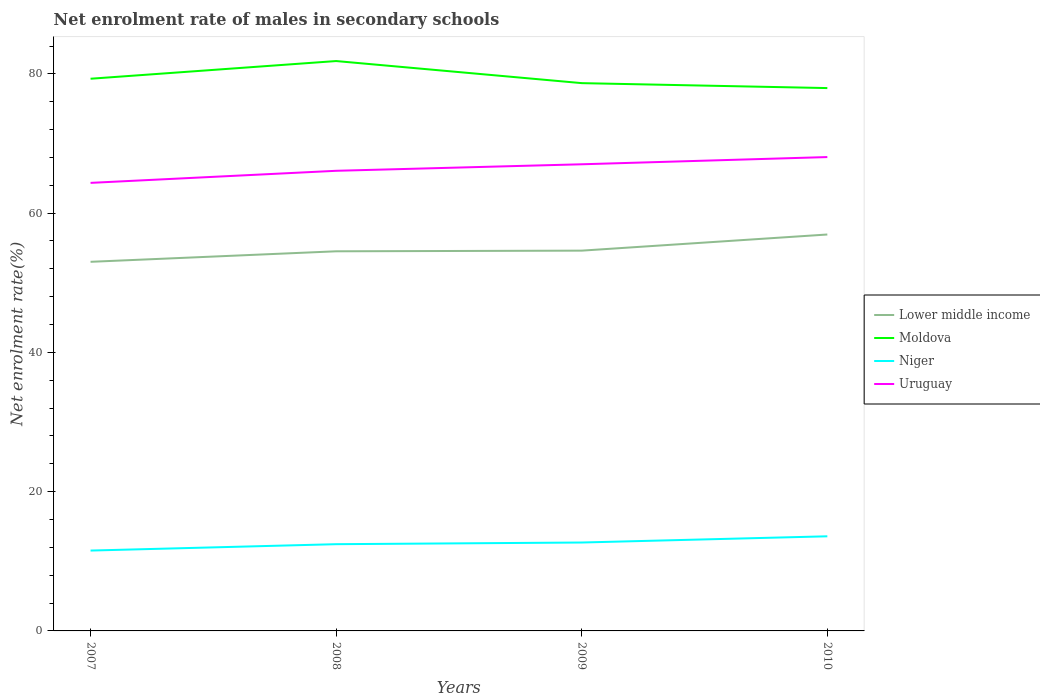
| Years | Lower middle income | Moldova | Niger | Uruguay |
 | --- | --- | --- | --- | --- |
 | 2007 | 53 | 79.3 | 11.5 | 64.3 |
 | 2008 | 54.5 | 81.8 | 12.5 | 66.1 |
 | 2009 | 54.6 | 78.7 | 12.7 | 67 |
 | 2010 | 56.9 | 78 | 13.6 | 68.1 |